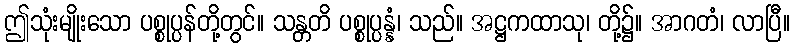
ဤသုံးမျိုးသော ပစ္စုပ္ပန်တို့တွင်။ သန္တတိ ပစ္စုပ္ပန္နံ၊ သည်။ အဋ္ဌကထာသု၊ တို့၌။ အာဂတံ၊ လာပြီ။